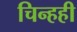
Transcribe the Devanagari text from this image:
चिन्हही